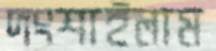
দংশাইলাম